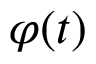
\varphi ( t )